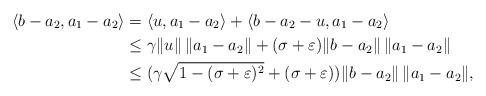
LaTeX: \begin{align*}\langle b-a_2,a_1-a_2\rangle&=\langle u,a_1-a_2\rangle+\langle b-a_2-u,a_1-a_2\rangle\\&\le\gamma\|u\|\,\|a_1-a_2\|+(\sigma+\varepsilon)\|b-a_2\|\,\|a_1-a_2\|\\&\le(\gamma\sqrt{1-(\sigma+\varepsilon)^2}+(\sigma+\varepsilon))\|b-a_2\|\,\|a_1-a_2\|,\end{align*}